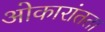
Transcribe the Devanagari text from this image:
ओकारांतता